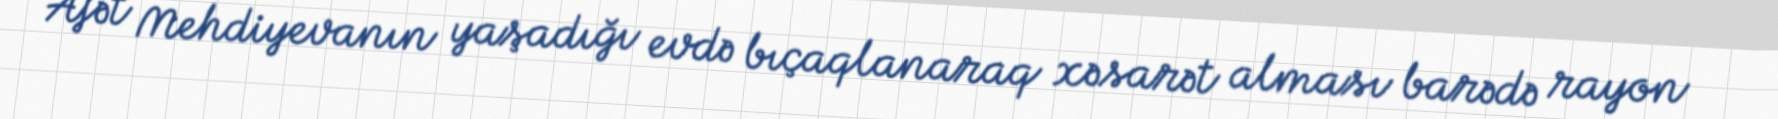
Afət Mehdiyevanın yaşadığı evdə bıçaqlanaraq xəsarət alması barədə rayon